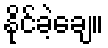
နိုင်ခဲ့ချေ။